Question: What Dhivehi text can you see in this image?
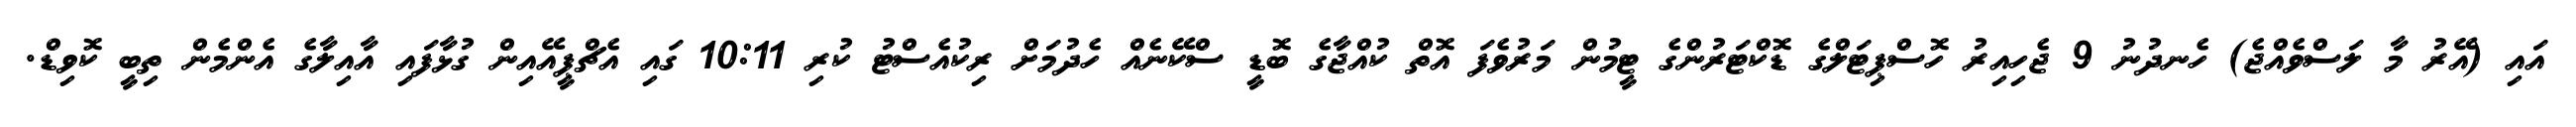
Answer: އައި (އޭރު މާ ލަސްވެއްޖެ) ހެނދުނު 9 ޖެހިއިރު ހޮސްޕިޓަލްގެ ޑޮކްޓަރުންގެ ޓީމުން މަރުވެފަ އޮތް ކުއްޖާގެ ބޮޑީ ސްކޭނެއް ހެދުމަށް ރިކުއެސްޓު ކުރި 10:11 ގައި އެޗްޕީއޭއިން ގުޅާފައި އާއިލާގެ އެންމެން ތިބީ ކޮވިޑް.